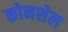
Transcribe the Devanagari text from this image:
कोनशेल